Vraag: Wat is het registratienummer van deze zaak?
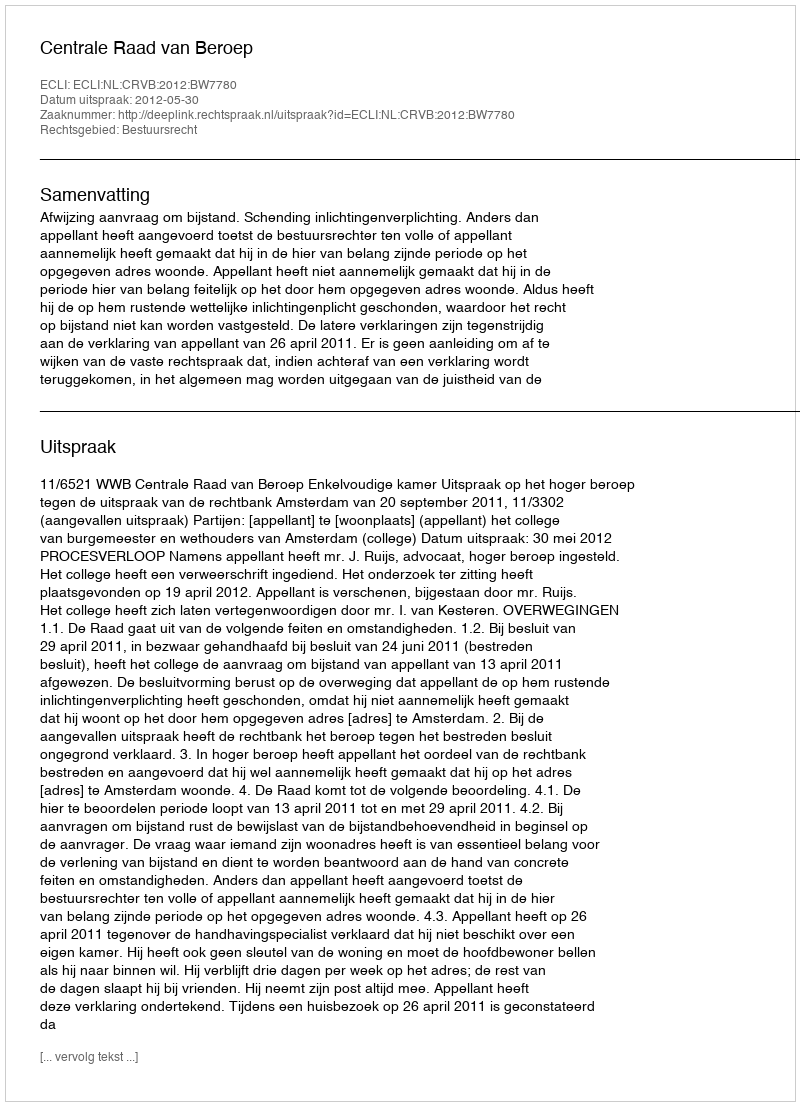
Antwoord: http://deeplink.rechtspraak.nl/uitspraak?id=ECLI:NL:CRVB:2012:BW7780